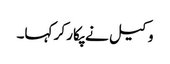
وکیل نے پکار کر کہا۔